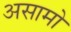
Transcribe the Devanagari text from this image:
असामो